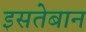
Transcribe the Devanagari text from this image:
इसतेबान